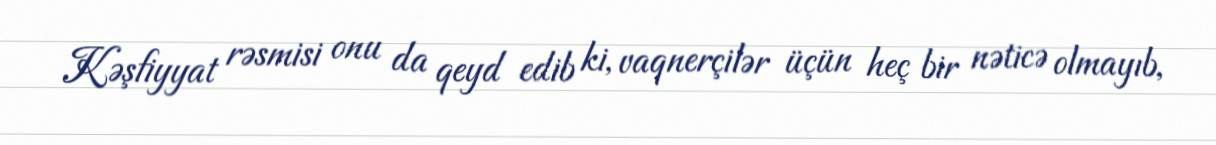
Kəşfiyyat rəsmisi onu da qeyd edib ki, vaqnerçilər üçün heç bir nəticə olmayıb,